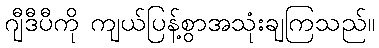
ဂျီဒီပီကို ကျယ်ပြန့်စွာအသုံးချကြသည်။